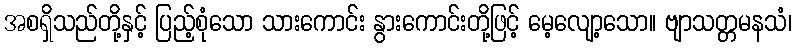
အစရှိသည်တို့နှင့် ပြည့်စုံသော သားကောင်း နွားကောင်းတို့ဖြင့် မေ့လျော့သော။ ဗျာသတ္တမနသံ၊